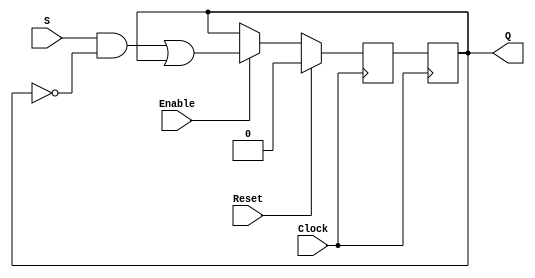
module FFToggleOnce_1Bit
(
	input wire Clock,
	input wire Reset,
	input wire Enable,
	input wire S,
	output reg Q
);
reg Q_next;
always @ (negedge Clock)
begin
	Q <= Q_next;
end
always @ ( posedge Clock )
begin
	if (Reset)
		Q_next <= 0;
	else if (Enable)
		Q_next <= (S && !Q) || Q;
	else
		Q_next <= Q;
end
endmodule